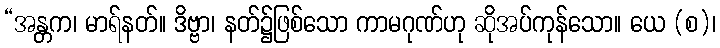
“အန္တက၊ မာရ်နတ်။ ဒိဗ္ဗာ၊ နတ်၌ဖြစ်သော ကာမဂုဏ်ဟု ဆိုအပ်ကုန်သော။ ယေ (စ)၊